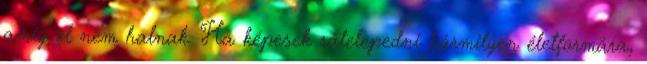
amíg el nem halnak. Ha képesek rátelepedni bármilyen életformára,